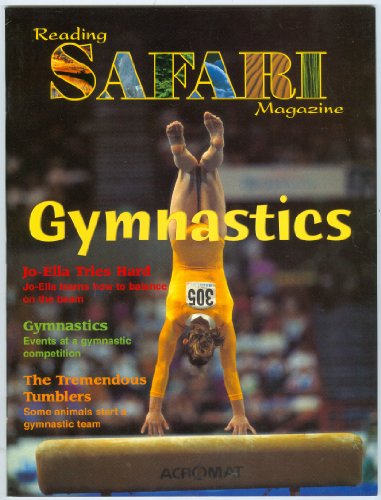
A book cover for Reading Safari Magazine: Gymnastics; Sports & Outdoors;